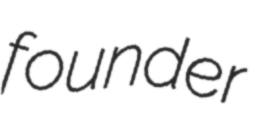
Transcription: founder